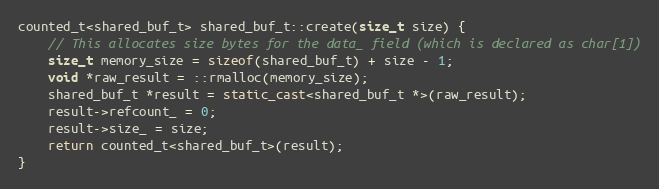
Language: C++
counted_t<shared_buf_t> shared_buf_t::create(size_t size) {
    // This allocates size bytes for the data_ field (which is declared as char[1])
    size_t memory_size = sizeof(shared_buf_t) + size - 1;
    void *raw_result = ::rmalloc(memory_size);
    shared_buf_t *result = static_cast<shared_buf_t *>(raw_result);
    result->refcount_ = 0;
    result->size_ = size;
    return counted_t<shared_buf_t>(result);
}